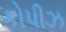
કોપીઝ